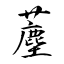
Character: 薼